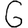
Digit: 6